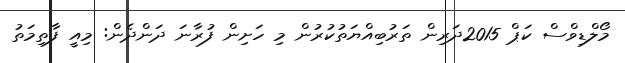
މޯލްޑިވްސް ކަޕް 2015ދަރިން ތަރުބިއްޔަތުކުރުން މި ހަށިން ފުރާނަ ދަންދެން: މިއީ ފާތިމަތު